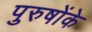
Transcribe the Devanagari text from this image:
पुरुषोंके